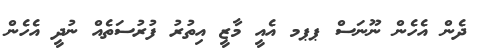
ދެން އެހެން ނޫނަސް ޕޕމ އެއީ މާޒީ އިތުރު ފުރުސަތެއް ނުދީ އެހެން